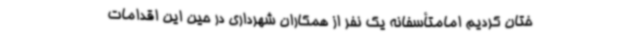
ختان کردیم امامتأسفانه یک نفر از همکاران شهرداری در حین این اقدامات